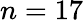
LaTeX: n=17